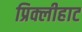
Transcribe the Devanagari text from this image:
प्रिक्लीहाट